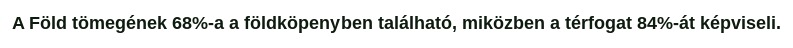
A Föld tömegének 68%-a a földköpenyben található, miközben a térfogat 84%-át képviseli.